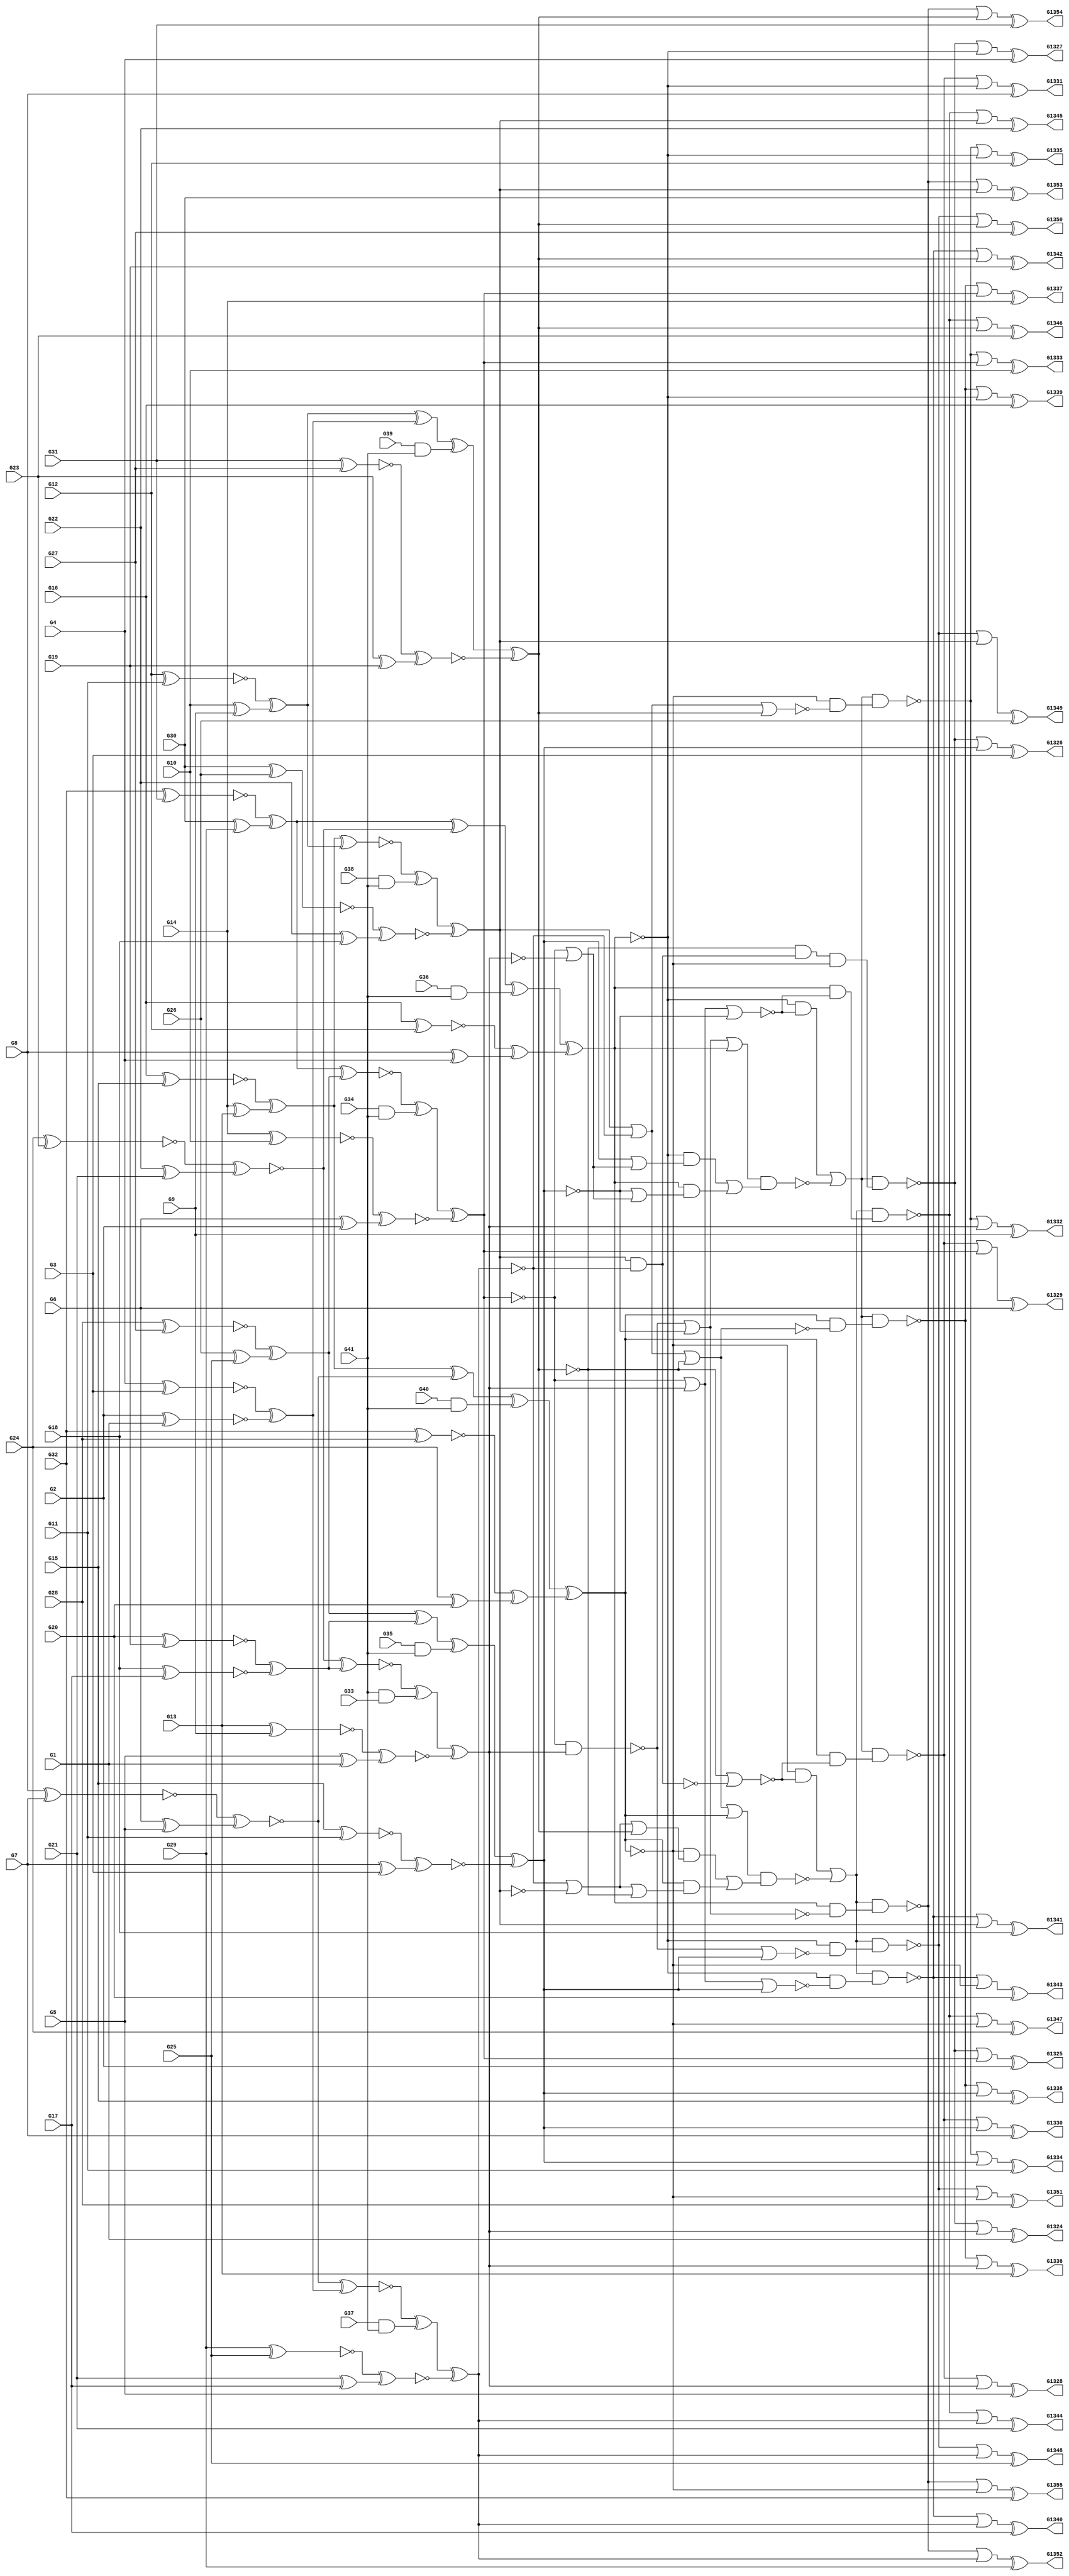
module c1355(G1, G10, G11, G12, G13, G1324, G1325, G1326, G1327, G1328, G1329, G1330, G1331, G1332, G1333, G1334, G1335, G1336, G1337, G1338, G1339, G1340, G1341, G1342, G1343, G1344, G1345, G1346, G1347, G1348, G1349, G1350, G1351, G1352, G1353, G1354, G1355, G14, G15, G16, G17, G18, G19, G2, G20, G21, G22, G23, G24, G25, G26, G27, G28, G29, G3, G30, G31, G32, G33, G34, G35, G36, G37, G38, G39, G4, G40, G41, G5, G6, G7, G8, G9);
  wire _000_;
  wire _001_;
  wire _002_;
  wire _003_;
  wire _004_;
  wire _005_;
  wire _006_;
  wire _007_;
  wire _008_;
  wire _009_;
  wire _010_;
  wire _011_;
  wire _012_;
  wire _013_;
  wire _014_;
  wire _015_;
  wire _016_;
  wire _017_;
  wire _018_;
  wire _019_;
  wire _020_;
  wire _021_;
  wire _022_;
  wire _023_;
  wire _024_;
  wire _025_;
  wire _026_;
  wire _027_;
  wire _028_;
  wire _029_;
  wire _030_;
  wire _031_;
  wire _032_;
  wire _033_;
  wire _034_;
  wire _035_;
  wire _036_;
  wire _037_;
  wire _038_;
  wire _039_;
  wire _040_;
  wire _041_;
  wire _042_;
  wire _043_;
  wire _044_;
  wire _045_;
  wire _046_;
  wire _047_;
  wire _048_;
  wire _049_;
  wire _050_;
  wire _051_;
  wire _052_;
  wire _053_;
  wire _054_;
  wire _055_;
  wire _056_;
  wire _057_;
  wire _058_;
  wire _059_;
  wire _060_;
  wire _061_;
  wire _062_;
  wire _063_;
  wire _064_;
  wire _065_;
  wire _066_;
  wire _067_;
  wire _068_;
  wire _069_;
  wire _070_;
  wire _071_;
  wire _072_;
  wire _073_;
  wire _074_;
  wire _075_;
  wire _076_;
  wire _077_;
  wire _078_;
  wire _079_;
  wire _080_;
  wire _081_;
  wire _082_;
  wire _083_;
  wire _084_;
  wire _085_;
  wire _086_;
  wire _087_;
  wire _088_;
  wire _089_;
  wire _090_;
  wire _091_;
  wire _092_;
  wire _093_;
  wire _094_;
  wire _095_;
  wire _096_;
  wire _097_;
  wire _098_;
  wire _099_;
  wire _100_;
  wire _101_;
  wire _102_;
  wire _103_;
  wire _104_;
  wire _105_;
  wire _106_;
  wire _107_;
  wire _108_;
  wire _109_;
  wire _110_;
  wire _111_;
  wire _112_;
  wire _113_;
  wire _114_;
  wire _115_;
  wire _116_;
  wire _117_;
  wire _118_;
  wire _119_;
  wire _120_;
  wire _121_;
  wire _122_;
  wire _123_;
  wire _124_;
  wire _125_;
  wire _126_;
  wire _127_;
  wire _128_;
  wire _129_;
  wire _130_;
  wire _131_;
  wire _132_;
  wire _133_;
  wire _134_;
  wire _135_;
  wire _136_;
  wire _137_;
  wire _138_;
  wire _139_;
  wire _140_;
  wire _141_;
  wire _142_;
  wire _143_;
  wire _144_;
  wire _145_;
  wire _146_;
  wire _147_;
  wire _148_;
  wire _149_;
  wire _150_;
  wire _151_;
  wire _152_;
  wire _153_;
  wire _154_;
  wire _155_;
  wire _temp0_;
  wire _temp1_;
  wire _temp2_;
  wire _temp3_;
  wire _temp4_;
  wire _temp5_;
  wire _temp6_;
  wire _temp7_;
  wire _temp8_;
  wire _temp9_;
  wire _temp10_;
  wire _temp11_;
  wire _temp12_;
  wire _temp13_;
  wire _temp14_;
  wire _temp15_;
  wire _temp16_;
  wire _temp17_;
  wire _temp18_;
  wire _temp19_;
  wire _temp20_;
  wire _temp21_;
  wire _temp22_;
  wire _temp23_;
  wire _temp24_;
  wire _temp25_;
  wire _temp26_;
  wire _temp27_;
  wire _temp28_;
  wire _temp29_;
  wire _temp30_;
  wire _temp31_;
  wire _temp32_;
  wire _temp33_;
  wire _temp34_;
  wire _temp35_;
  wire _temp36_;
  wire _temp37_;
  wire _temp38_;
  wire _temp39_;
  wire _temp40_;
  wire _temp41_;
  wire _temp42_;
  wire _temp43_;
  wire _temp44_;
  wire _temp45_;
  wire _temp46_;
  wire _temp47_;
  wire _temp48_;
  wire _temp49_;
  wire _temp50_;
  wire _temp51_;
  wire _temp52_;
  wire _temp53_;
  wire _temp54_;
  wire _temp55_;
  wire _temp56_;
  wire _temp57_;
  wire _temp58_;
  wire _temp59_;
  wire _temp60_;
  wire _temp61_;
  wire _temp62_;
  wire _temp63_;
  wire _temp64_;
  wire _temp65_;
  wire _temp66_;
  wire _temp67_;
  wire _temp68_;
  wire _temp69_;
  wire _temp70_;
  wire _temp71_;
  wire _temp72_;
  wire _temp73_;
  wire _temp74_;
  wire _temp75_;
  wire _temp76_;
  wire _temp77_;
  wire _temp78_;
  wire _temp79_;
  wire _temp80_;
  wire _temp81_;
  wire _temp82_;
  input G1;
  input G10;
  input G11;
  input G12;
  input G13;
  output G1324;
  output G1325;
  output G1326;
  output G1327;
  output G1328;
  output G1329;
  output G1330;
  output G1331;
  output G1332;
  output G1333;
  output G1334;
  output G1335;
  output G1336;
  output G1337;
  output G1338;
  output G1339;
  output G1340;
  output G1341;
  output G1342;
  output G1343;
  output G1344;
  output G1345;
  output G1346;
  output G1347;
  output G1348;
  output G1349;
  output G1350;
  output G1351;
  output G1352;
  output G1353;
  output G1354;
  output G1355;
  input G14;
  input G15;
  input G16;
  input G17;
  input G18;
  input G19;
  input G2;
  input G20;
  input G21;
  input G22;
  input G23;
  input G24;
  input G25;
  input G26;
  input G27;
  input G28;
  input G29;
  input G3;
  input G30;
  input G31;
  input G32;
  input G33;
  input G34;
  input G35;
  input G36;
  input G37;
  input G38;
  input G39;
  input G4;
  input G40;
  input G41;
  input G5;
  input G6;
  input G7;
  input G8;
  input G9;
  assign _130_ = G5 ^ G1;
  assign _temp0_ = G13 ^ G9;
  assign _131_ = ~_temp0_;
  assign _temp1_ = _131_ ^ _130_;
  assign _132_ = ~_temp1_;
  assign _133_ = G41 & G33;
  assign _temp2_ = G18 ^ G17;
  assign _134_ = ~_temp2_;
  assign _temp3_ = G20 ^ G19;
  assign _135_ = ~_temp3_;
  assign _136_ = _135_ ^ _134_;
  assign _137_ = G22 ^ G21;
  assign _temp4_ = G24 ^ G23;
  assign _138_ = ~_temp4_;
  assign _temp5_ = _138_ ^ _137_;
  assign _139_ = ~_temp5_;
  assign _temp6_ = _139_ ^ _136_;
  assign _140_ = ~_temp6_;
  assign _141_ = _140_ ^ _133_;
  assign _142_ = _141_ ^ _132_;
  assign _143_ = G21 ^ G17;
  assign _temp7_ = G29 ^ G25;
  assign _144_ = ~_temp7_;
  assign _temp8_ = _144_ ^ _143_;
  assign _145_ = ~_temp8_;
  assign _146_ = G37 & G41;
  assign _temp9_ = G2 ^ G1;
  assign _147_ = ~_temp9_;
  assign _temp10_ = G4 ^ G3;
  assign _148_ = ~_temp10_;
  assign _149_ = _148_ ^ _147_;
  assign _150_ = G6 ^ G5;
  assign _temp11_ = G8 ^ G7;
  assign _151_ = ~_temp11_;
  assign _temp12_ = _151_ ^ _150_;
  assign _152_ = ~_temp12_;
  assign _temp13_ = _152_ ^ _149_;
  assign _153_ = ~_temp13_;
  assign _154_ = _153_ ^ _146_;
  assign _temp14_ = _154_ ^ _145_;
  assign _155_ = ~_temp14_;
  assign _000_ = G22 ^ G18;
  assign _temp15_ = G30 ^ G26;
  assign _001_ = ~_temp15_;
  assign _temp16_ = _001_ ^ _000_;
  assign _002_ = ~_temp16_;
  assign _003_ = G38 & G41;
  assign _004_ = G10 ^ G9;
  assign _temp17_ = G12 ^ G11;
  assign _005_ = ~_temp17_;
  assign _006_ = _005_ ^ _004_;
  assign _007_ = G14 ^ G13;
  assign _temp18_ = G16 ^ G15;
  assign _008_ = ~_temp18_;
  assign _009_ = _008_ ^ _007_;
  assign _temp19_ = _009_ ^ _006_;
  assign _010_ = ~_temp19_;
  assign _011_ = _010_ ^ _003_;
  assign _012_ = _011_ ^ _002_;
  assign _temp20_ = _012_ & _155_;
  assign _013_ = ~_temp20_;
  assign _014_ = G23 ^ G19;
  assign _temp21_ = G31 ^ G27;
  assign _015_ = ~_temp21_;
  assign _temp22_ = _015_ ^ _014_;
  assign _016_ = ~_temp22_;
  assign _017_ = G39 & G41;
  assign _018_ = _006_ ^ _149_;
  assign _019_ = _018_ ^ _017_;
  assign _temp23_ = _019_ ^ _016_;
  assign _020_ = ~_temp23_;
  assign _temp24_ = _013_;
  assign _021_ = _020_ & ~_temp24_;
  assign _022_ = G24 ^ G20;
  assign _temp25_ = G32 ^ G28;
  assign _023_ = ~_temp25_;
  assign _024_ = _023_ ^ _022_;
  assign _025_ = G40 & G41;
  assign _026_ = _009_ ^ _152_;
  assign _027_ = _026_ ^ _025_;
  assign _temp26_ = _027_ ^ _024_;
  assign _028_ = ~_temp26_;
  assign _029_ = ~_028_;
  assign _temp27_ = _029_;
  assign _030_ = _021_ & ~_temp27_;
  assign _031_ = G8 ^ G4;
  assign _temp28_ = G16 ^ G12;
  assign _032_ = ~_temp28_;
  assign _033_ = _032_ ^ _031_;
  assign _034_ = G36 & G41;
  assign _035_ = G30 ^ G29;
  assign _temp29_ = G32 ^ G31;
  assign _036_ = ~_temp29_;
  assign _037_ = _036_ ^ _035_;
  assign _038_ = _037_ ^ _139_;
  assign _039_ = _038_ ^ _034_;
  assign _temp30_ = _039_ ^ _033_;
  assign _040_ = ~_temp30_;
  assign _041_ = ~_040_;
  assign _042_ = G6 ^ G2;
  assign _temp31_ = G14 ^ G10;
  assign _043_ = ~_temp31_;
  assign _temp32_ = _043_ ^ _042_;
  assign _044_ = ~_temp32_;
  assign _045_ = G34 & G41;
  assign _046_ = G26 ^ G25;
  assign _temp33_ = G28 ^ G27;
  assign _047_ = ~_temp33_;
  assign _048_ = _047_ ^ _046_;
  assign _temp34_ = _037_ ^ _048_;
  assign _049_ = ~_temp34_;
  assign _050_ = _049_ ^ _045_;
  assign _temp35_ = _050_ ^ _044_;
  assign _051_ = ~_temp35_;
  assign _temp36_ = _142_;
  assign _052_ = _051_ | ~_temp36_;
  assign _053_ = G7 ^ G3;
  assign _temp37_ = G15 ^ G11;
  assign _054_ = ~_temp37_;
  assign _temp38_ = _054_ ^ _053_;
  assign _055_ = ~_temp38_;
  assign _056_ = G35 & G41;
  assign _057_ = _048_ ^ _136_;
  assign _058_ = _057_ ^ _056_;
  assign _temp39_ = _058_ ^ _055_;
  assign _059_ = ~_temp39_;
  assign _060_ = _059_ | _052_;
  assign _061_ = _058_ ^ _055_;
  assign _062_ = _061_ | _052_;
  assign _temp40_ = _040_ & _062_;
  assign _temp41_ = ~_040_ & _060_;
  assign _063_ = _temp40_ | _temp41_;
  assign _temp42_ = _051_ & _142_;
  assign _064_ = ~_temp42_;
  assign _065_ = _064_ | _059_;
  assign _temp43_ = _065_ | _041_;
  assign _temp44_ = _temp43_ & _063_;
  assign _066_ = ~_temp44_;
  assign _067_ = _051_ | _142_;
  assign _068_ = _067_ | _059_;
  assign _temp45_ = _068_;
  assign _069_ = _040_ & ~_temp45_;
  assign _temp46_ = _069_ | _066_;
  assign _temp47_ = _temp46_ & _030_;
  assign _070_ = ~_temp47_;
  assign _071_ = _070_ | _142_;
  assign G1324 = _071_ ^ G1;
  assign _temp48_ = _051_;
  assign _072_ = _070_ | ~_temp48_;
  assign G1325 = _072_ ^ G2;
  assign _073_ = _070_ | _061_;
  assign G1326 = _073_ ^ G3;
  assign _074_ = _070_ | _040_;
  assign G1327 = _074_ ^ G4;
  assign _075_ = _020_ | _013_;
  assign _temp49_ = _075_;
  assign _076_ = _029_ & ~_temp49_;
  assign _temp50_ = _069_ | _066_;
  assign _temp51_ = _temp50_ & _076_;
  assign _077_ = ~_temp51_;
  assign _078_ = _077_ | _142_;
  assign G1328 = _078_ ^ G5;
  assign _temp52_ = _051_;
  assign _079_ = _077_ | ~_temp52_;
  assign G1329 = _079_ ^ G6;
  assign _080_ = _077_ | _061_;
  assign G1330 = _080_ ^ G7;
  assign _081_ = _077_ | _040_;
  assign G1331 = _081_ ^ G8;
  assign _082_ = _019_ ^ _016_;
  assign _083_ = _012_ | _155_;
  assign _084_ = _083_ | _082_;
  assign _temp53_ = _084_;
  assign _085_ = _028_ & ~_temp53_;
  assign _temp54_ = _069_ | _066_;
  assign _temp55_ = _temp54_ & _085_;
  assign _086_ = ~_temp55_;
  assign _087_ = _086_ | _142_;
  assign G1332 = _087_ ^ G9;
  assign _temp56_ = _051_;
  assign _088_ = _086_ | ~_temp56_;
  assign G1333 = _088_ ^ G10;
  assign _089_ = _086_ | _061_;
  assign G1334 = _089_ ^ G11;
  assign _090_ = _086_ | _040_;
  assign G1335 = _090_ ^ G12;
  assign _091_ = _083_ | _020_;
  assign _temp57_ = _091_;
  assign _092_ = _029_ & ~_temp57_;
  assign _temp58_ = _069_ | _066_;
  assign _temp59_ = _temp58_ & _092_;
  assign _093_ = ~_temp59_;
  assign _094_ = _093_ | _142_;
  assign G1336 = _094_ ^ G13;
  assign _temp60_ = _051_;
  assign _095_ = _093_ | ~_temp60_;
  assign G1337 = _095_ ^ G14;
  assign _096_ = _093_ | _061_;
  assign G1338 = _096_ ^ G15;
  assign _097_ = _093_ | _040_;
  assign G1339 = _097_ ^ G16;
  assign _098_ = _067_ | _061_;
  assign _temp61_ = _098_;
  assign _099_ = _040_ & ~_temp61_;
  assign _temp62_ = _012_;
  assign _100_ = _155_ | ~_temp62_;
  assign _101_ = _100_ | _020_;
  assign _102_ = _100_ | _082_;
  assign _temp63_ = _028_ & _102_;
  assign _temp64_ = ~_028_ & _101_;
  assign _103_ = _temp63_ | _temp64_;
  assign _temp65_ = _091_ | _029_;
  assign _temp66_ = _temp65_ & _103_;
  assign _104_ = ~_temp66_;
  assign _temp67_ = _075_;
  assign _105_ = _028_ & ~_temp67_;
  assign _temp68_ = _105_ | _104_;
  assign _temp69_ = _temp68_ & _099_;
  assign _106_ = ~_temp69_;
  assign _temp70_ = _155_;
  assign _107_ = _106_ | ~_temp70_;
  assign G1340 = _107_ ^ G17;
  assign _108_ = _106_ | _012_;
  assign G1341 = _108_ ^ G18;
  assign _109_ = _106_ | _082_;
  assign G1342 = _109_ ^ G19;
  assign _110_ = _106_ | _028_;
  assign G1343 = _110_ ^ G20;
  assign _temp71_ = _068_;
  assign _111_ = _041_ & ~_temp71_;
  assign _temp72_ = _105_ | _104_;
  assign _temp73_ = _temp72_ & _111_;
  assign _112_ = ~_temp73_;
  assign _temp74_ = _155_;
  assign _113_ = _112_ | ~_temp74_;
  assign G1344 = _113_ ^ G21;
  assign _114_ = _112_ | _012_;
  assign G1345 = _114_ ^ G22;
  assign _115_ = _112_ | _082_;
  assign G1346 = _115_ ^ G23;
  assign _116_ = _112_ | _028_;
  assign G1347 = _116_ ^ G24;
  assign _117_ = _064_ | _061_;
  assign _temp75_ = _117_;
  assign _118_ = _040_ & ~_temp75_;
  assign _temp76_ = _105_ | _104_;
  assign _temp77_ = _temp76_ & _118_;
  assign _119_ = ~_temp77_;
  assign _temp78_ = _155_;
  assign _120_ = _119_ | ~_temp78_;
  assign G1348 = _120_ ^ G25;
  assign _121_ = _119_ | _012_;
  assign G1349 = _121_ ^ G26;
  assign _122_ = _119_ | _082_;
  assign G1350 = _122_ ^ G27;
  assign _123_ = _119_ | _028_;
  assign G1351 = _123_ ^ G28;
  assign _temp79_ = _065_;
  assign _124_ = _041_ & ~_temp79_;
  assign _temp80_ = _105_ | _104_;
  assign _temp81_ = _temp80_ & _124_;
  assign _125_ = ~_temp81_;
  assign _temp82_ = _155_;
  assign _126_ = _125_ | ~_temp82_;
  assign G1352 = _126_ ^ G29;
  assign _127_ = _125_ | _012_;
  assign G1353 = _127_ ^ G30;
  assign _128_ = _125_ | _082_;
  assign G1354 = _128_ ^ G31;
  assign _129_ = _125_ | _028_;
  assign G1355 = _129_ ^ G32;
endmodule